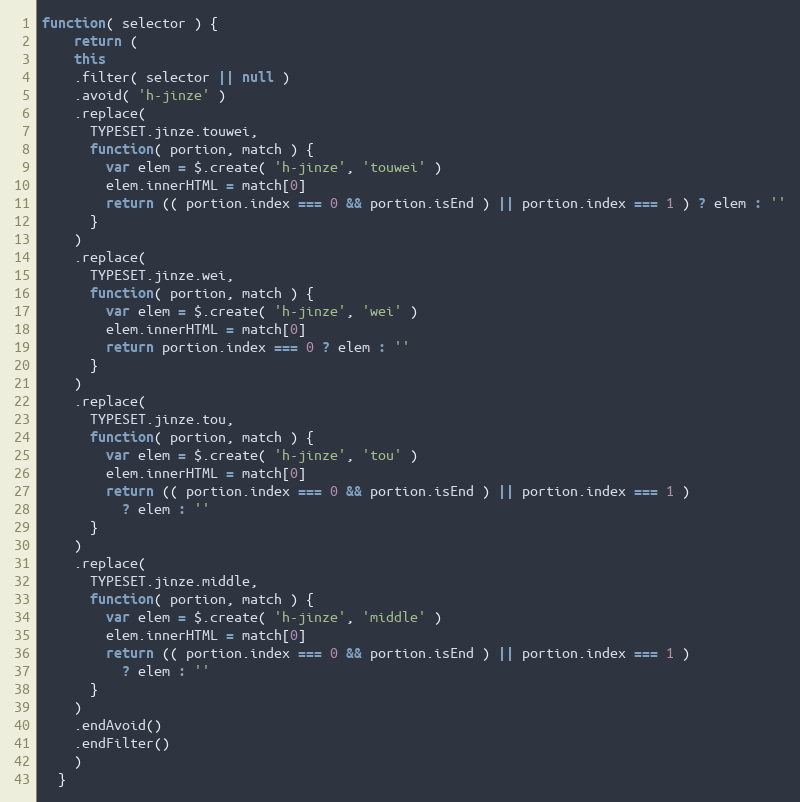
Language: JavaScript
function( selector ) {
    return (
    this
    .filter( selector || null )
    .avoid( 'h-jinze' )
    .replace(
      TYPESET.jinze.touwei,
      function( portion, match ) {
        var elem = $.create( 'h-jinze', 'touwei' )
        elem.innerHTML = match[0]
        return (( portion.index === 0 && portion.isEnd ) || portion.index === 1 ) ? elem : ''
      }
    )
    .replace(
      TYPESET.jinze.wei,
      function( portion, match ) {
        var elem = $.create( 'h-jinze', 'wei' )
        elem.innerHTML = match[0]
        return portion.index === 0 ? elem : ''
      }
    )
    .replace(
      TYPESET.jinze.tou,
      function( portion, match ) {
        var elem = $.create( 'h-jinze', 'tou' )
        elem.innerHTML = match[0]
        return (( portion.index === 0 && portion.isEnd ) || portion.index === 1 )
          ? elem : ''
      }
    )
    .replace(
      TYPESET.jinze.middle,
      function( portion, match ) {
        var elem = $.create( 'h-jinze', 'middle' )
        elem.innerHTML = match[0]
        return (( portion.index === 0 && portion.isEnd ) || portion.index === 1 )
          ? elem : ''
      }
    )
    .endAvoid()
    .endFilter()
    )
  }